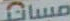
مسات